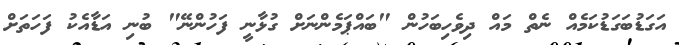
އަގަޑުބަގަޑުކަމެއް ނެތް މައް ދިވެހިބަހުން "ބައްޕަމެންނަށް ގުޅާނީ ފަހުންނޭ" ބުނި އަޑާއެކު ފަހަތަށް